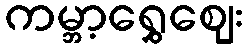
ကမ္ဘာ့ရွှေဈေး